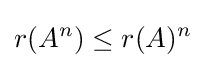
r(A^{n})\leq r(A)^{n}